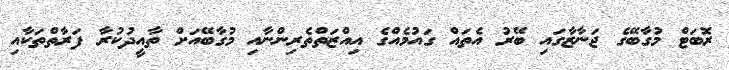
ރޮބަޓް މުގާބޭގެ ޖަނާޒާގައި ބޭރު އެތައް ގައުމެއްގެ އިއްޒަތްތެރިންނާއި މުގާބޭއަށް ތާއީދުކުރާ ފަރާތްތަކާއި